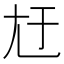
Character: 㝼